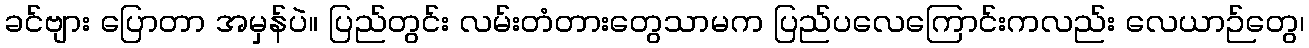
ခင်ဗျား ပြောတာ အမှန်ပဲ။ ပြည်တွင်း လမ်းတံတားတွေသာမက ပြည်ပလေကြောင်းကလည်း လေယာဉ်တွေ၊